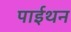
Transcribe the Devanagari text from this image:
पाईथन